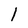
Character: l